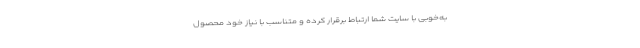
به‌خوبی با سایت شما ارتباط برقرار کرده و متناسب با نیاز خود محصول